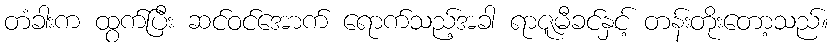
တံခါးက ထွက်ပြီး ဆင်ဝင်အောက် ရောက်သည့်အခါ ရာဇူမီခင်နှင့် တန်းတိုးတော့သည်။